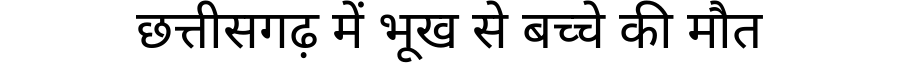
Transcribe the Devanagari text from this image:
छत्तीसगढ़ में भूख से बच्चे की मौत